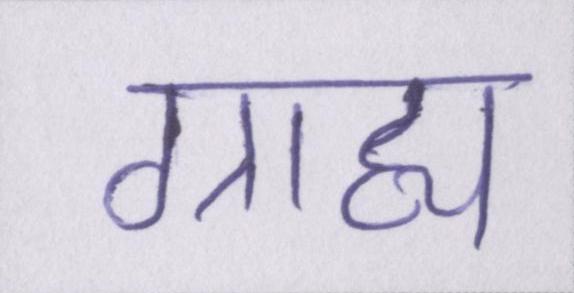
ग्राह्य